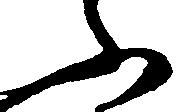
ふ